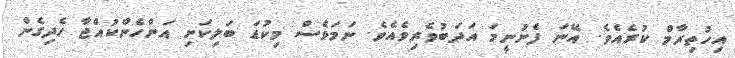
އިހުތިރާމް ކުރެއެވެ. އޭނަ ފެނުނީމަ އަދަބުވެރިވެއެވެ. ނަމަވެސް މިކުޑަ ބަލިކަށި އަންހެންކުއްޖާ ހެދިގެން